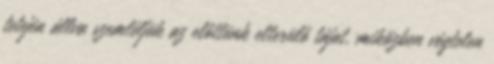
tetején állva szemléljük az előttünk elterülő tájat, miközben végtelen